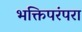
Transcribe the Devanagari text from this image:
भक्तिपरंपरा